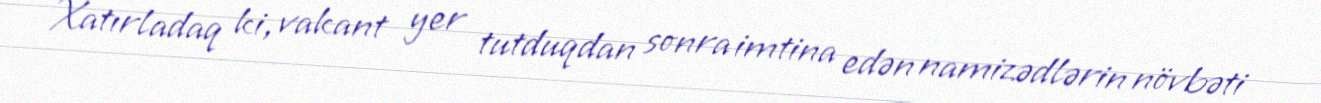
Xatırladaq ki, vakant yer tutduqdan sonra imtina edən namizədlərin növbəti